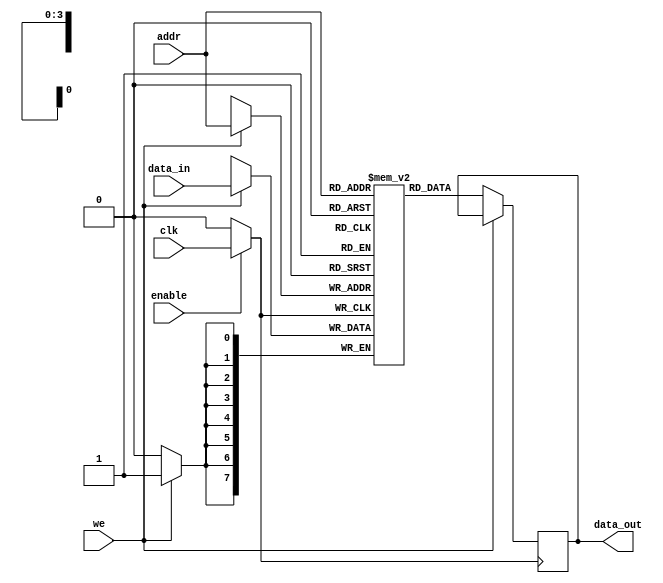
module memory_block (
    input wire clk,               // Original clock signal
    input wire enable,            // Control signal to enable clock
    input wire [7:0] data_in,     // Data input
    input wire [3:0] addr,        // Address input
    input wire we,                // Write enable
    output reg [7:0] data_out     // Data output
);

    // Memory array (e.g., 16x8 SRAM)
    reg [7:0] mem [0:15];

    // Gated clock signal
    wire gated_clk;

    // Clock gating logic
    assign gated_clk = enable ? clk : 1'b0;

    // Memory operation
    always @(posedge gated_clk) begin
        if (we) begin
            mem[addr] <= data_in;  // Write operation
        end else begin
            data_out <= mem[addr];  // Read operation
        end
    end

endmodule